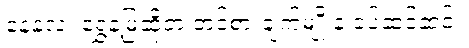
နေနဲ့လ၊ ရွှေနဲ့မြဆိုတဲ့ တင်စားချက်မျိုးနဲ့ ခပ်ဆင်ဆင်။